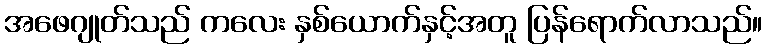
အဖေဂျုတ်သည် ကလေး နှစ်ယောက်နှင့်အတူ ပြန်ရောက်လာသည်။